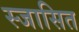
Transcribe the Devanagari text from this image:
स्जासित